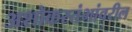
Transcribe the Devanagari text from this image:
अशोकस्तंभांवरील